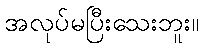
အလုပ်မပြီးသေးဘူး။